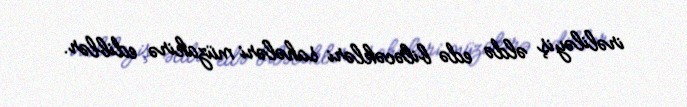
irəliləyiş əldə edə biləcəkləri sahələri müzakirə ediblər.